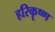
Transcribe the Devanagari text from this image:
हरिकॄष्ण